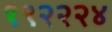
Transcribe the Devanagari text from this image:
१९२२२४